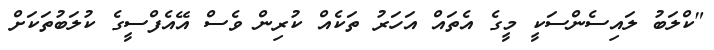
"ކްލަބު ލައިސެންސަކީ މީގެ އެތައް އަހަރު ތަކެއް ކުރިން ވެސް އޭއެފްސީގެ ކުލަބުތަކަށް